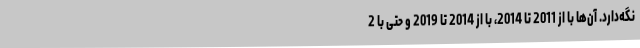
نگه‌دارد. آن‌ها با از 2011 تا 2014، با از 2014 تا 2019 و حتی با 2